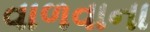
વાળવાના